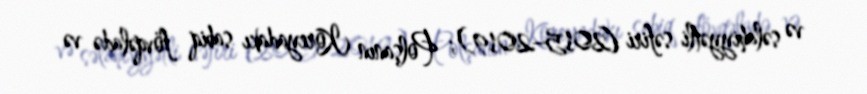
və səlahiyyətli səfiri (2015–2019); Polşanın Koreyadakı sabiq fövqəladə və